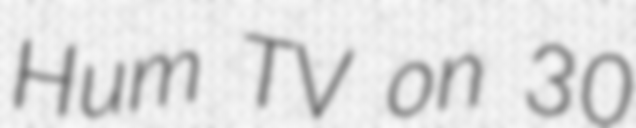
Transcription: Hum TV on 30